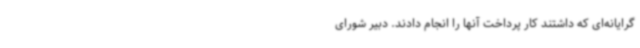
‌گرایانه‌ای که داشتند کار پرداخت آنها را انجام دادند. دبیر شورای